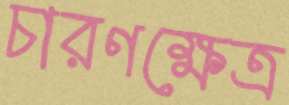
চারণক্ষেত্র